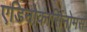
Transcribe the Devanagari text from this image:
एडिनोकार्सिनोमस